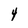
Character: 4